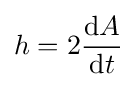
h=2{\frac {\mathrm {d} A}{\mathrm {d} t}}